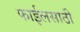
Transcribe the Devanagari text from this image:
फाईलसाठी